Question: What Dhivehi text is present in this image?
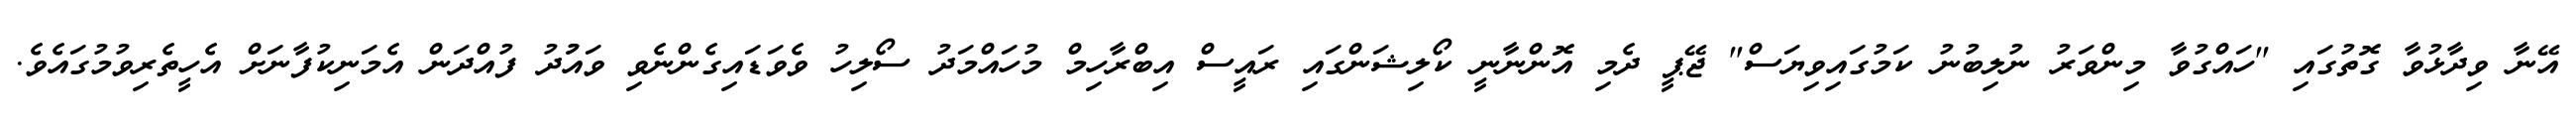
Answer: އޭނާ ވިދާޅުވާ ގޮތުގައި "ހައްގުވާ މިންވަރު ނުލިބުނު ކަމުގައިވިޔަސް" ޖޭޕީ ދެމި އޮންނާނީ ކޯލިޝަންގައި ރައީސް އިބްރާހިމް މުހައްމަދު ސޯލިހު ވެވަޑައިގެންނެވި ވައުުދު ފުއްދަން އެމަނިކުފާނަށް އެހީތެރިވުމުގައެވެ.